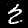
Label: 2